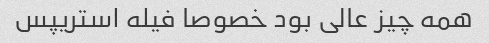
همه چیز عالی بود خصوصا فیله استریپس